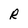
Character: R